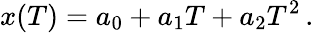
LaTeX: x(T)=a_{0}+a_{1}T+a_{2}T^{2}\, .